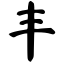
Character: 丰